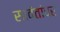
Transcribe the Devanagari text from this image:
सावंतांवर